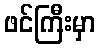
ဖင်ကြီးမှာ